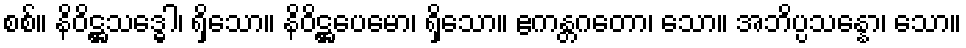
စစ်။ နိဝိဋ္ဌသဒ္ဓေါ၊ ရှိသော။ နိဝိဋ္ဌပေမော၊ ရှိသော။ ဧကန္တဂတော၊ သော။ အဘိပ္ပသန္နော၊ သော။